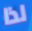
لذا